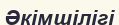
Әкімшілігі